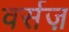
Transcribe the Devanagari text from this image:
वर्सज़